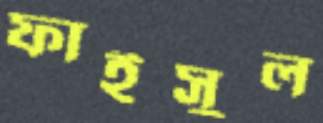
ফাইসুল